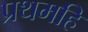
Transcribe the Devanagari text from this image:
प्रथमहिं